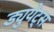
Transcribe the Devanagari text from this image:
ड्युयेट्स